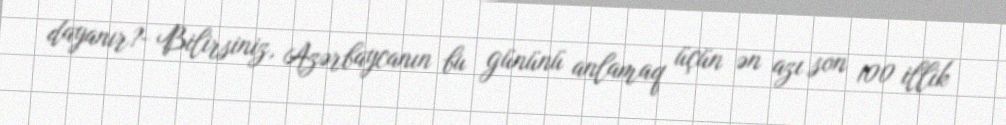
dayanır?- Bilirsiniz, Azərbaycanın bu gününü anlamaq üçün ən azı son 100 illik